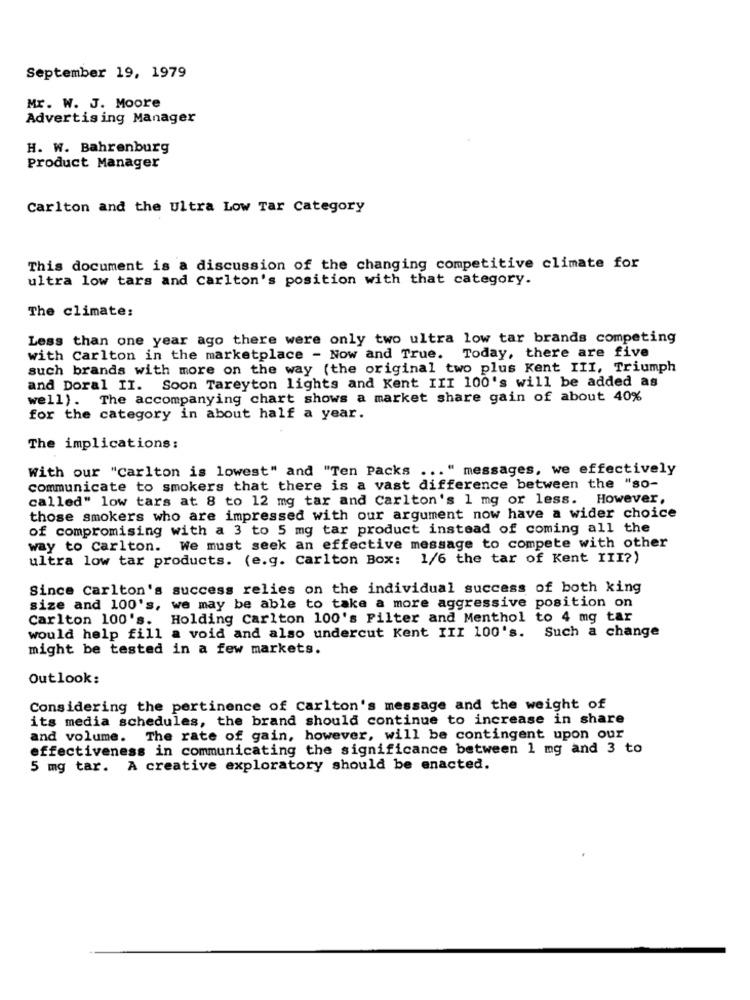
September 19, 1979
Mr. W. J. Moore
Advertising Manager
H. W. Bahrenburg
Product Manager
Carlton and the Ultra Low Tar Category
This document is a discussion of the changing competitive climate for
ultra low tars and Carlton's position with that category.
The climate:
Less than one year ago there were only two ultra low tar brands competing
with Carlton in the marketplace - Now and True. Today, there are five
such brands with more on the way (the original two plus Kent III, Triumph
and Doral II. Soon Tareyton lights and Kent III 100's will be added as
well). The accompanying chart shows a market share gain of about 40%
for the category in about half a year.
The implications:
With our "Carlton is lowest" and "Ten Packs ... " messages, we effectively
communicate to smokers that there is a vast difference between the "so-
called" low tars at 8 to 12 mg tar and Carlton's 1 mg or less. However,
those smokers who are impressed with our argument now have a wider choice
of compromising with a 3 to 5 mg tar product instead of coming all the
way to Carlton. We must seek an effective message to compete with other
ultra low tar products. (e.g. Carlton Box:
1/6 the tar of Kent III?)
Since carlton's success relies on the individual success of both king
size and 100's, we may be able to take a more aggressive position on
Carlton 100's. Holding Carlton 100's Filter and Menthol to 4 mg tar
would help fill a void and also undercut Kent III 100's. Such a change
might be tested in a few markets.
Outlook:
Considering the pertinence of Carlton's message and the weight of
its media schedules, the brand should continue to increase in share
and volume. The rate of gain, however, will be contingent upon our
effectiveness in communicating the significance between 1 mg and 3 to
5 mg tar. A creative exploratory should be enacted.